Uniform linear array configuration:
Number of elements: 8
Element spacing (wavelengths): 1
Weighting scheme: hamming
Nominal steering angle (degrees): -45
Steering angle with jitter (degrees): -46.347
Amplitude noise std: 0.05
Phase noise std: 0.05

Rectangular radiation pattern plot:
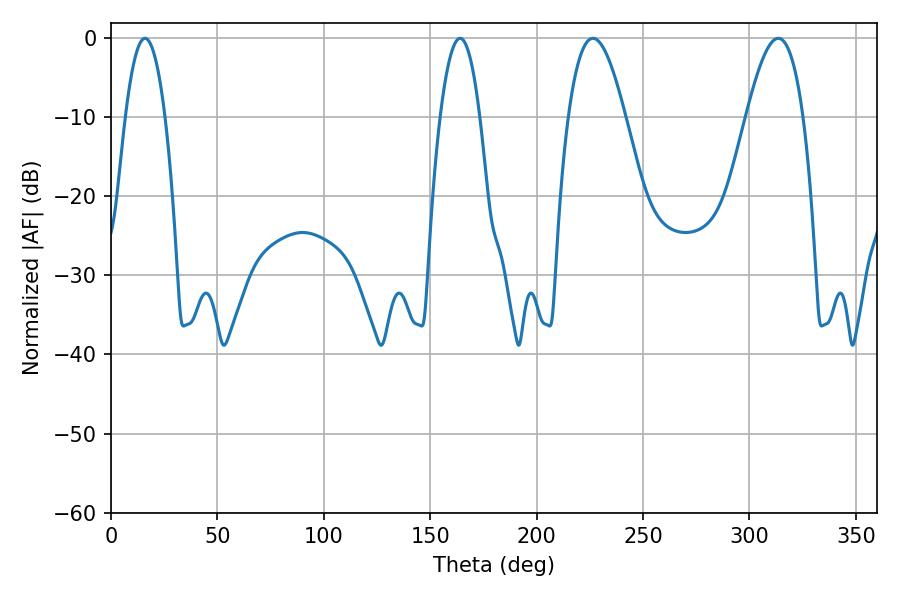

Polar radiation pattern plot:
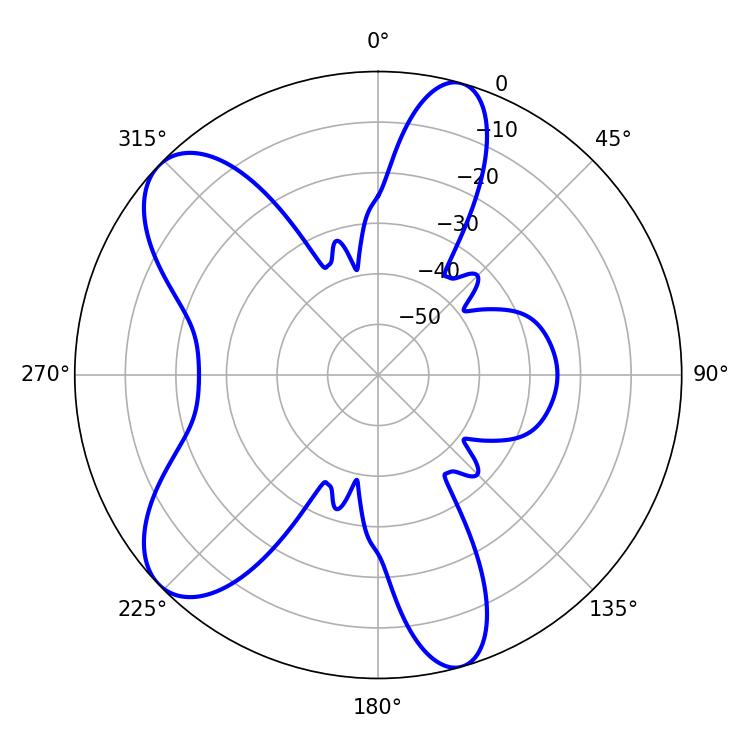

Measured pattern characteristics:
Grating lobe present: TRUE
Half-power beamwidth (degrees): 14.58
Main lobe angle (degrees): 226.44